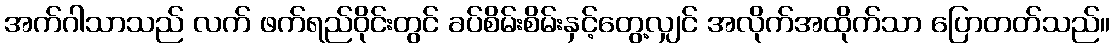
အက်ဂါသာသည် လက် ဖက်ရည်ဝိုင်းတွင် ခပ်စိမ်းစိမ်းနှင့်တွေ့လျှင် အလိုက်အထိုက်သာ ပြောတတ်သည်။